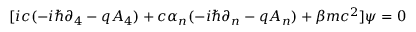
\lbrack i c ( - i \hbar \partial _ { 4 } - q A _ { 4 } ) + c \alpha _ { n } ( - i \hbar \partial _ { n } - q A _ { n } ) + \beta m c ^ { 2 } ] \psi = 0